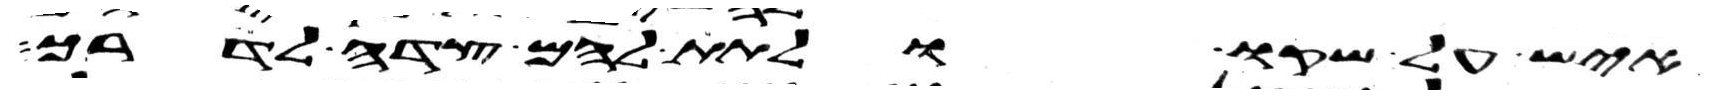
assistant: איש על שקו ולתת להם צדה לדרך